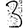
Digit: 3